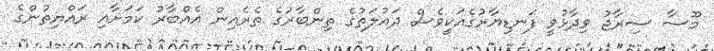
މޫސާ ސިރާޖު ވިދާޅުވީ ފަނޑިޔާރުގެއަކީވެސް ދައުލަތުގެ ތިންބާރުގެ ތެރެއިން އެއްބާރު ކަމަށާއި ރައްޔިތުންގެ